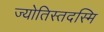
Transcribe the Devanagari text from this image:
ज्योतिस्तदस्मि